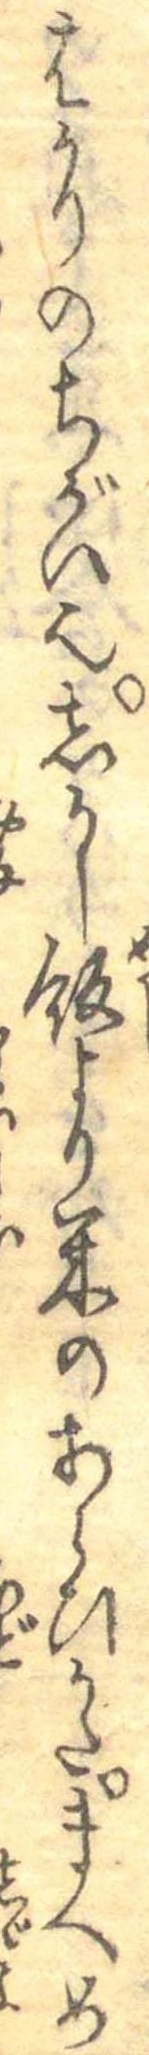
はかりのちがい也しかし飯より米のあらひかたまへめ